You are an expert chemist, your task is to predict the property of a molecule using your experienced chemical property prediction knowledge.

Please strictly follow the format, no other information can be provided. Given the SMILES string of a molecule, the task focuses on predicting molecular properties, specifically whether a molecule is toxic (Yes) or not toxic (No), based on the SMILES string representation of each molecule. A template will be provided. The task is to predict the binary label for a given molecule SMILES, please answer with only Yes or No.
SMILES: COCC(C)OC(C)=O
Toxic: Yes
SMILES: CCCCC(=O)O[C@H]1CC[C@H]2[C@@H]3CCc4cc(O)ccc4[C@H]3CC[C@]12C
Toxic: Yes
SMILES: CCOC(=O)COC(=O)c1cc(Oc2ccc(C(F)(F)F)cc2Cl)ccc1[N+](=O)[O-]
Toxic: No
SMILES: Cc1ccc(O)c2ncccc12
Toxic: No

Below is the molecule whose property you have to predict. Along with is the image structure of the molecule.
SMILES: COc1cc(C(C)=O)ccc1OCCCN1CCC(c2noc3cc(F)ccc23)CC1
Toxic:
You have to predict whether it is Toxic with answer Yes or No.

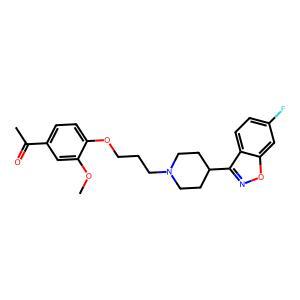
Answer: No